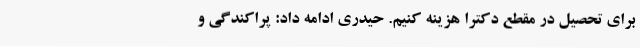
برای تحصیل در مقطع دکترا هزینه کنیم. حیدری ادامه داد: پراکندگی و